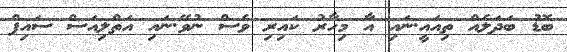
ބޮޑު ބަދަލެއް ތިއައީ.ނައި އާ މިހާރު ކައިރި ވެސް ނުވޭ.ނައި އަތްލިއަސް ސައިފް